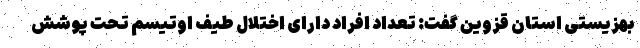
بهزیستی استان قزوین گفت: تعداد افراد دارای اختلال طیف اوتیسم تحت پوشش